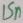
Text: 15n